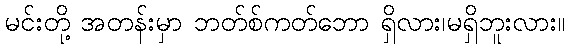
မင်းတို့ အတန်းမှာ ဘတ်စ်ကတ်ဘော ရှိလား၊မရှိဘူးလား။